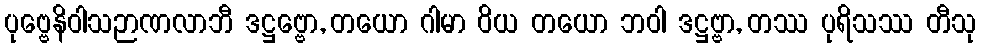
ပုဗ္ဗေနိဝါသဉာဏလာဘီ ဒဋ္ဌဗ္ဗော, တယော ဂါမာ ဝိယ တယော ဘဝါ ဒဋ္ဌဗ္ဗာ, တဿ ပုရိသဿ တီသု